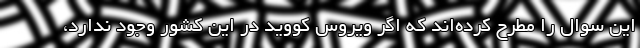
این سوال را مطرح کرده‌اند که اگر ویروس کووید در این کشور وجود ندارد،